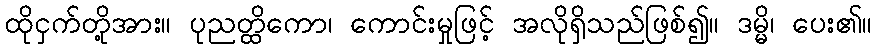
ထိုငှက်တို့အား။ ပုညတ္ထိကော၊ ကောင်းမှုဖြင့် အလိုရှိသည်ဖြစ်၍။ ဒမ္မိ၊ ပေး၏။